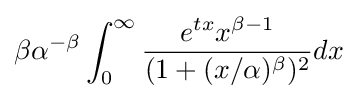
\beta \alpha ^{-\beta }\int _{0}^{\infty }{\frac {e^{tx}x^{\beta -1}}{(1+(x/\alpha )^{\beta })^{2}}}dx